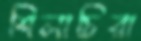
শিলাচিরা